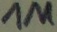
Text: 1M